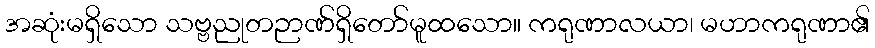
အဆုံးမရှိသော သဗ္ဗညုတဉာဏ်ရှိတော်မူထသော။ ကရုဏာလယာ၊ မဟာကရုဏာ၏